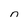
Character: n